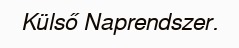
Külső Naprendszer.